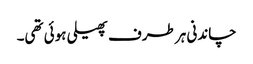
چاندنی ہر طرف پھیلی ہوئی تھی۔